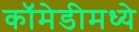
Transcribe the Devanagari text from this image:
कॉमेडीमध्ये